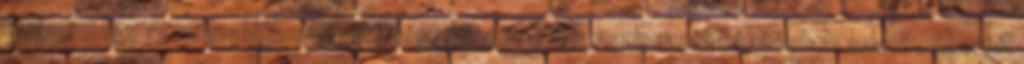
ami mintegy 13 százalékos növekedés. Államilag finanszírozott képzésben szeptembertől